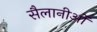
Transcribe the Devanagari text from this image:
सैलानीओं